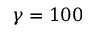
\gamma = 1 0 0